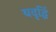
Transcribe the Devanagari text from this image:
यदृद्धिं